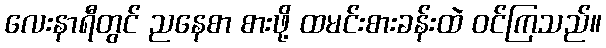
လေးနာရီတွင် ညနေစာ စားဖို့ ထမင်းစားခန်းထဲ ဝင်ကြသည်။